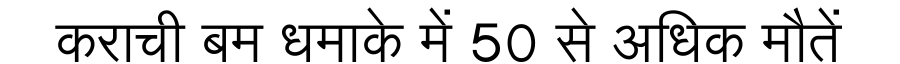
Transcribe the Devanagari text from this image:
कराची बम धमाके में 50 से अधिक मौतें